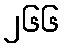
၂၆၆